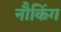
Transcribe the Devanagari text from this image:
नौकिंग